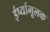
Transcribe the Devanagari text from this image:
ईर्ष्यामूलक